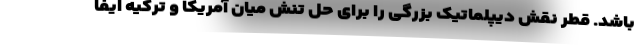
باشد. قطر نقش دیپلماتیک بزرگی را برای حل تنش میان آمریکا و ترکیه ایفا